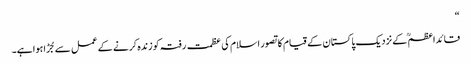
“
قائداعظمؒ کے نزدیک پاکستان کے قیام کا تصور اسلام کی عظمت رفتہ کو زندہ کرنے کے عمل سے جُڑا ہوا ہے۔